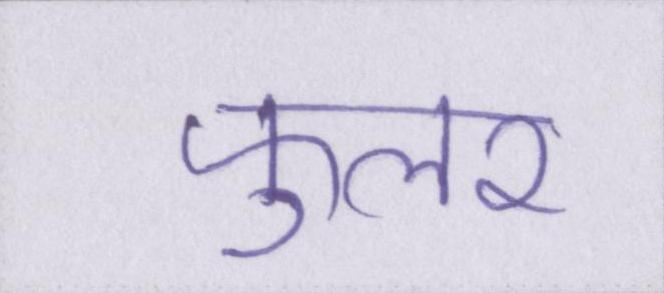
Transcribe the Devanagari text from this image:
फुलर